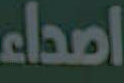
اصداء